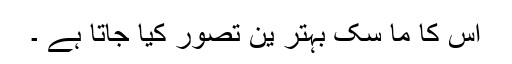
اس کا ما سک بہتر ین تصور کیا جاتا ہے ۔